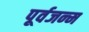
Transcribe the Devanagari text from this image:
पूर्वजन्‍म